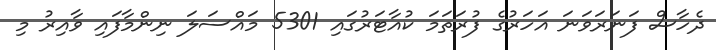
ދެހާސް ފަނަރަވަނަ އަހަރުގެ ފުރަތަމަ ކުއާޓަރުގައި 5301 މައްސަލަ ނިންމާފައި ވާއިރު މި